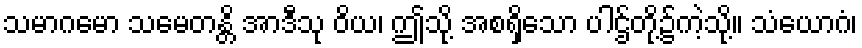
သမာဂမော သမေတန္တိ အာဒီသု ဝိယ၊ ဤသို့ အစရှိသော ပါဌ်တို့၌ကဲ့သို့။ သံယောဂံ၊